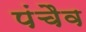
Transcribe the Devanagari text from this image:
पंचैव